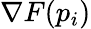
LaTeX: \nabla F(p_{i})